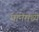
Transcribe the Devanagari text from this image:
मानेमध्ये